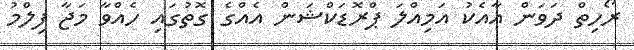
ރޯހިތް ދަވަން އާއެކު އަމިއްލަ ޕްރޮޑަކްޝަން އެއްގެ ގޮތުގައި ހެއްވާ މަޖާ ފިލްމު